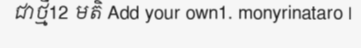
ជាថ្មី12 មតិ Add your own1. monyrinataro |